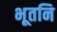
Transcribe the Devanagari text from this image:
भूतनि